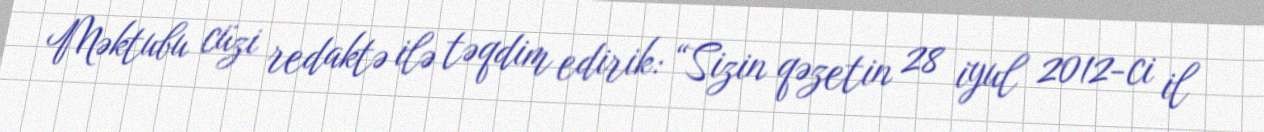
Məktubu cüzi redaktə ilə təqdim edirik: “Sizin qəzetin 28 iyul 2012-ci il